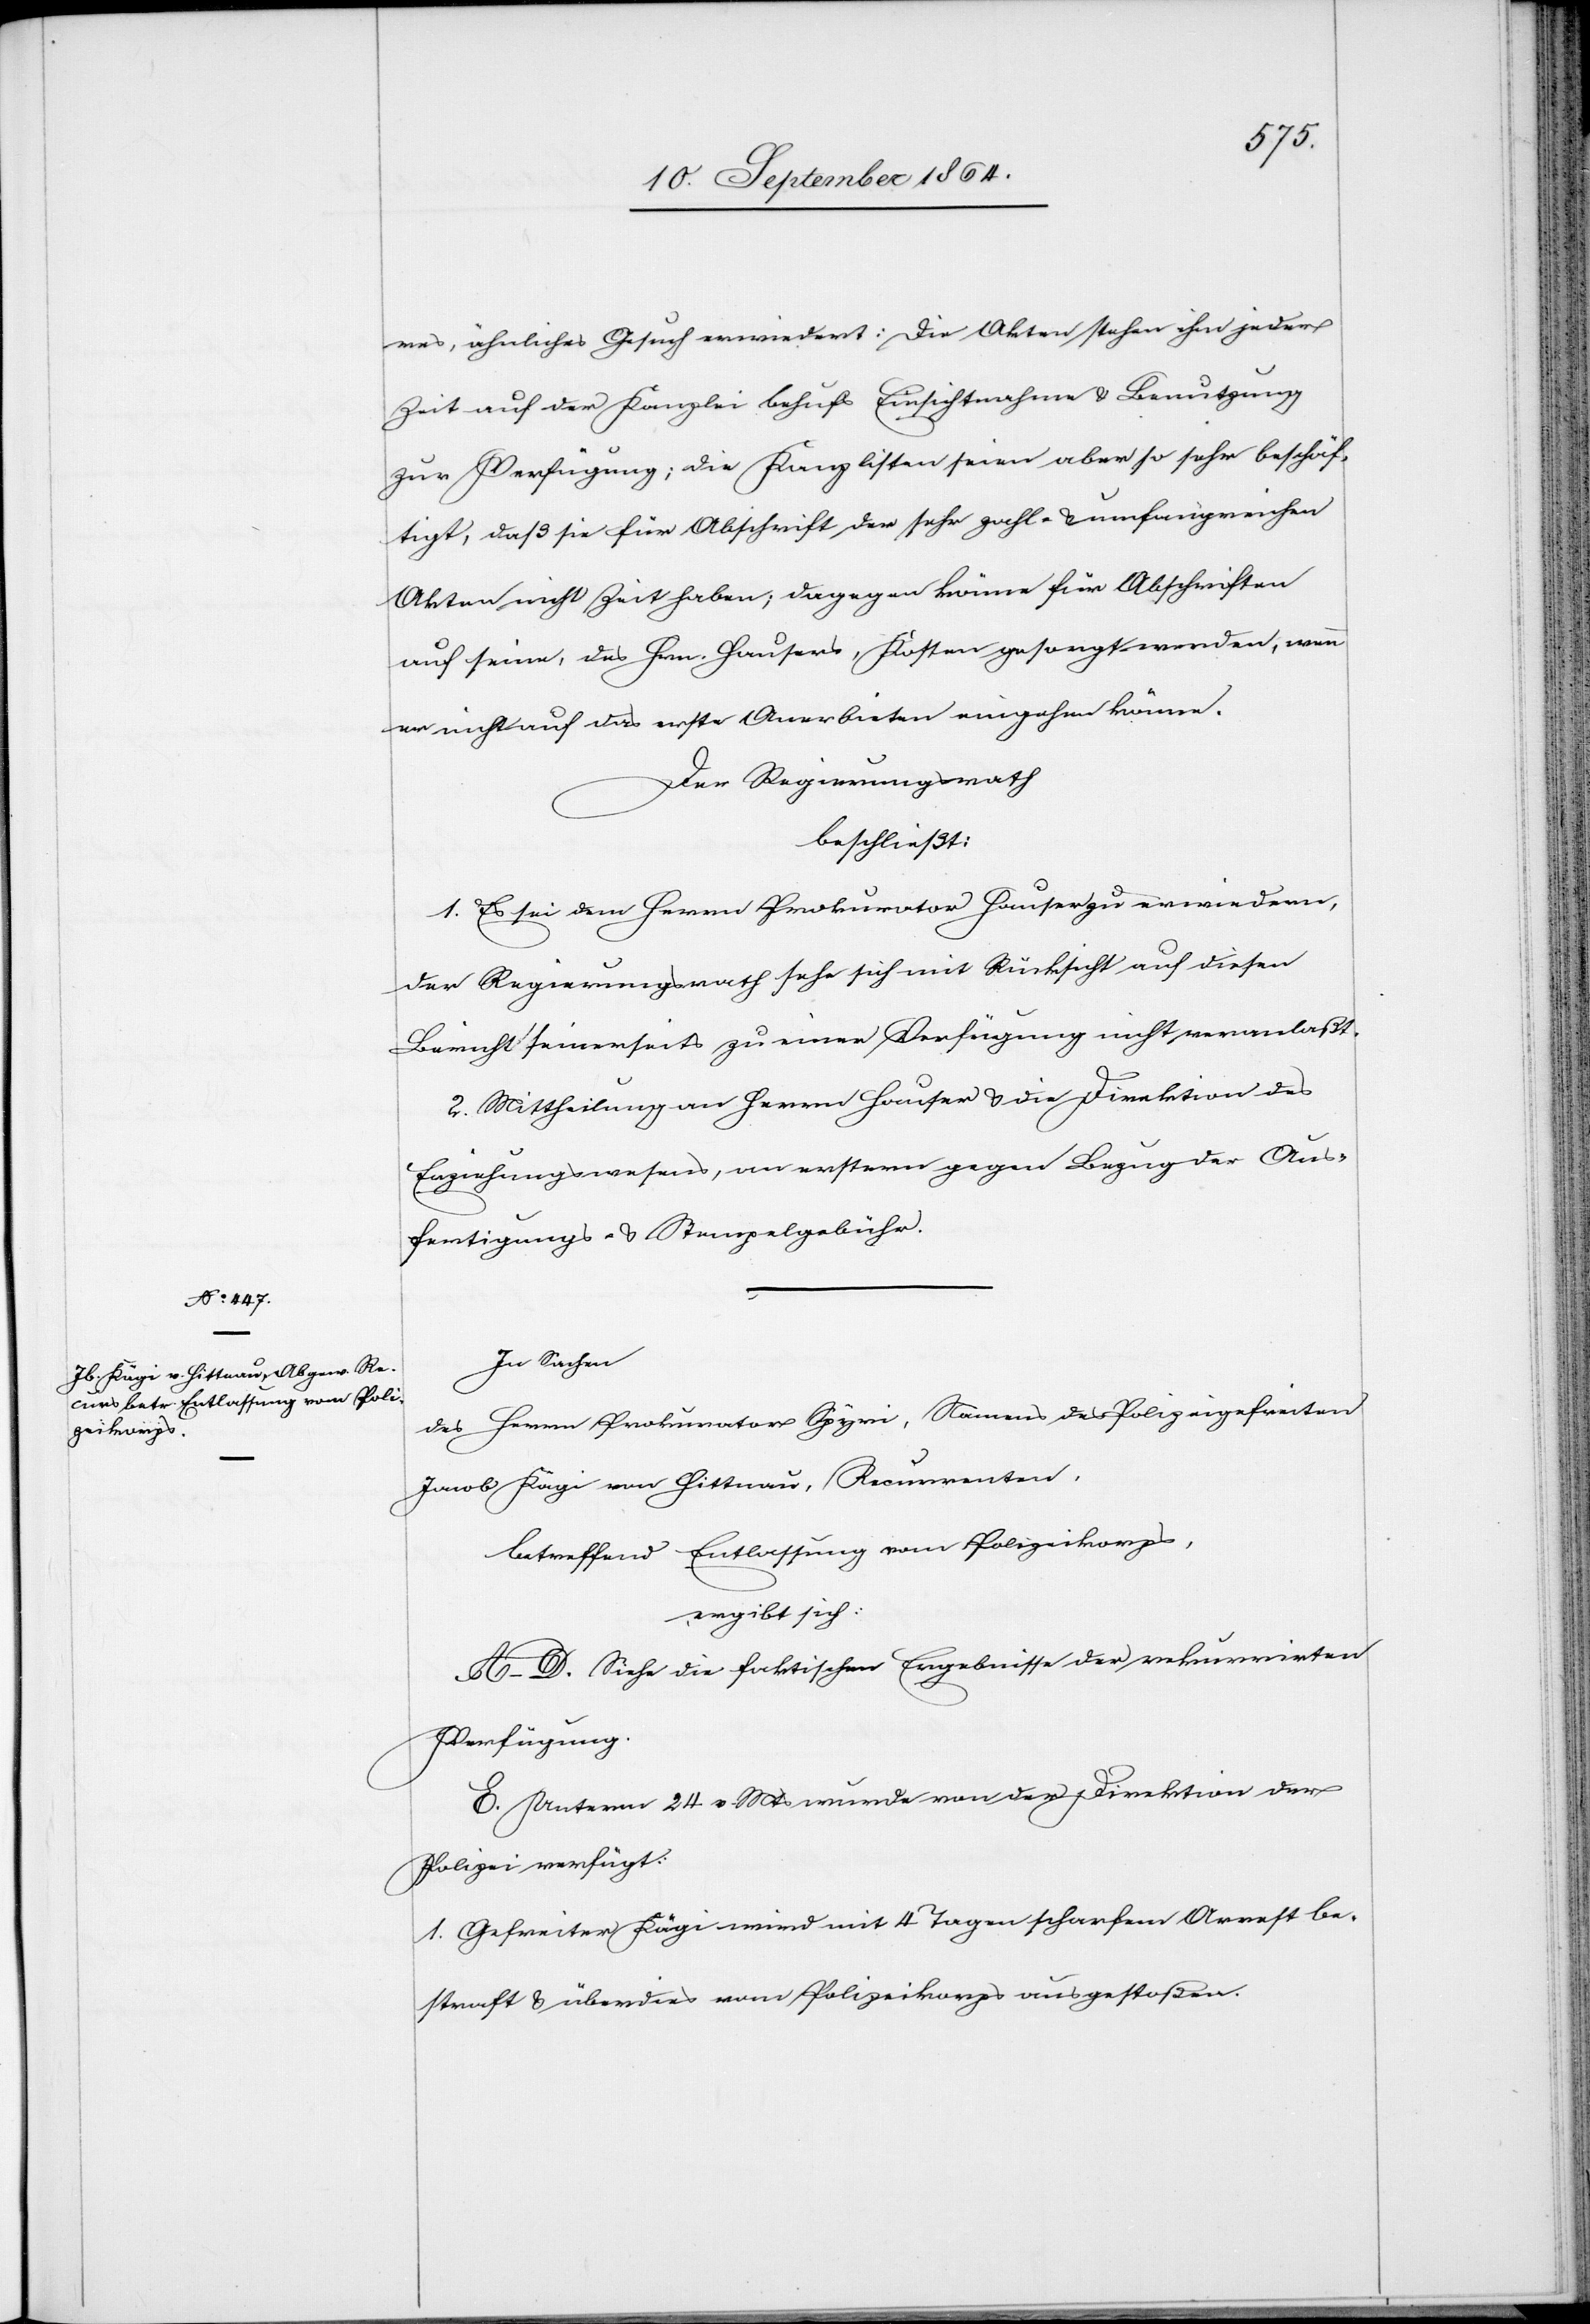
res, ähnliches Gesuch erwiedert: Die Akten stehen ihm jeder
Zeit auf der Kanzlei behufs Einsichtnahme & Benutzung
zur Verfügung; die Kanzlisten seien aber so sehr beschäf¬
tigt, daß sie für Abschrift der sehr zahl- & umfangreichen
Akten nicht Zeit haben; dagegen könne für Abschriften
auf sein, des Hrn. Hausers, Kosten gesorgt werden, wenn
er nicht auf das erste Anerbieten eingehen könne.
Der Regierungsrath
beschließt:
1. Es sei dem Herrn Prokurator Hauser zu erwiedern,
der Regierungsrath sehe sich mit Rücksicht auf diesen
Bericht seinerseits zu einer Verfügung nicht veranlaßt.
2. Mittheilung an Herrn Hauser & die Direktion des
Erziehungswesens, an erstern gegen Bezug der Aus¬
fertigungs- & Stempelgebühr.
In Sachen
des Herrn Prokurator Spyri, Namens des Polizeigefreiten
Jacob Kägi von Hittnau, Recurrenten,
betreffend Entlassung vom Polizeikorps
ergibt sich:
A.–D. Siehe die faktischen Ergebnisse der rekurrirten
Verfügung.
E. Unterm 24. v. Mts wurde von der Direktion der
Polizei verfügt:
1. Gefreiter Kägi wird mit 4 Tagen scharfem Arrest be¬
straft & überdies vom Polizeikorps ausgestoßen.